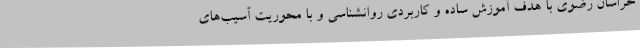
خراسان رضوی با هدف آموزش ساده و کاربردی روانشناسی و با محوریت آسیب‌های